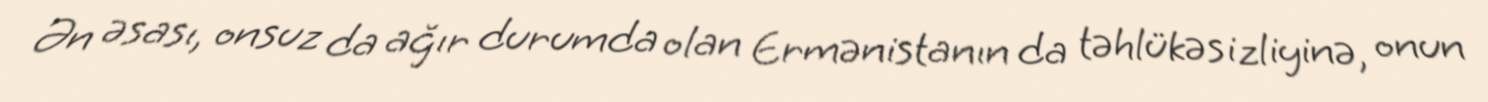
Ən əsası, onsuz da ağır durumda olan Ermənistanın da təhlükəsizliyinə, onun